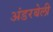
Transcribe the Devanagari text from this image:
अंडरबेली